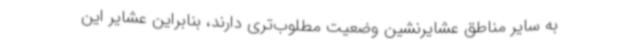
به سایر مناطق عشایرنشین وضعیت مطلوب‌تری دارند، بنابراین عشایر این